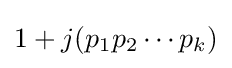
1+j(p_{1}p_{2}\cdots p_{k})